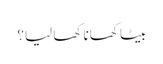
بیٹا کھانا کھا لیا؟